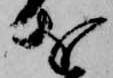
を